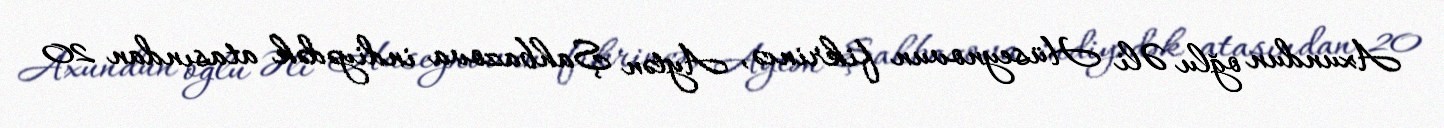
Axundun oğlu Əli Hüseynovun fikrincə, Aytən Şahbazova indiyədək atasından 20